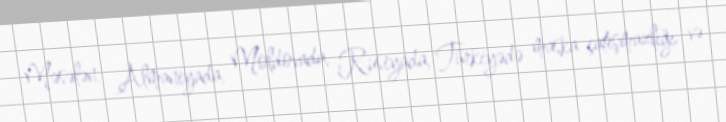
Məsələn, Almaniyada, Moldovada, Rusiyada, Türkiyədə maska çatışmazlığı və